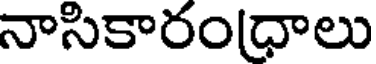
నాసికారంధాలు